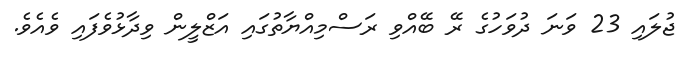
ޖުލައި 23 ވަނަ ދުވަހުގެ ރޭ ބޭއްވި ރަސްމިއްޔާތުގައި އަޒްލީން ވިދާޅުވެފައި ވެއެވެ.